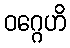
ဝဂ္ဂေဟိ